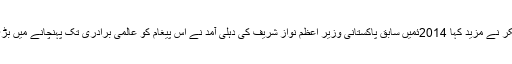
‘‘ جے شنکر نے مزید کہا 2014ئمیں سابق پاکستانی وزیر اعظم نواز شریف کی دہلی آمد نے اس پیغام کو عالمی برادری تک پہنچانے میں بڑی مدد کی۔